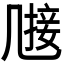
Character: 𠙤